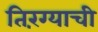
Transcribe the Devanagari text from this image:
तिरंग्याची